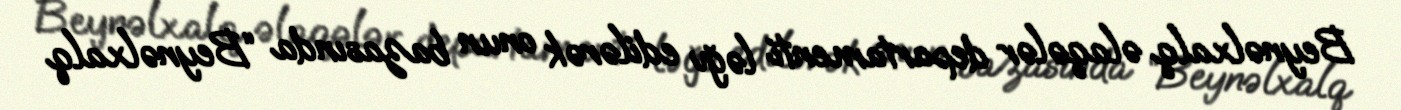
Beynəlxalq əlaqələr departamenti ləğv edilərək onun bazasında “Beynəlxalq